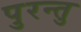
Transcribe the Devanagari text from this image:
पुरन्तु